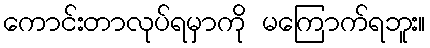
ကောင်းတာလုပ်ရမှာကို မကြောက်ရဘူး။